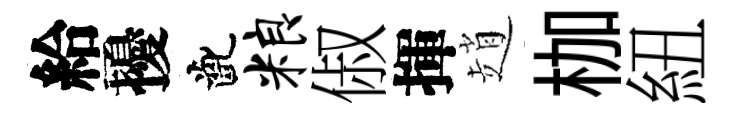
給擾齔粮俶揮趙枷紐